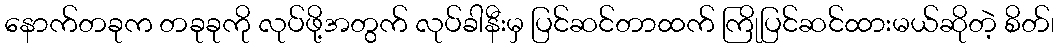
နောက်တခုက တခုခုကို လုပ်ဖို့အတွက် လုပ်ခါနီးမှ ပြင်ဆင်တာထက် ကြိုပြင်ဆင်ထားမယ်ဆိုတဲ့ စိတ်၊